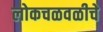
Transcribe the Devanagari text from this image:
लोकचळवळीचे